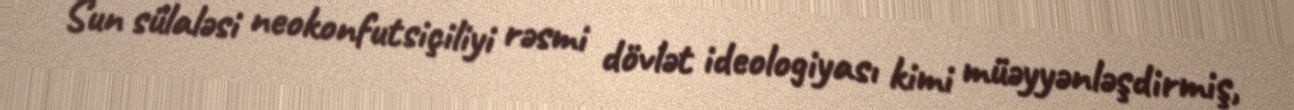
Sun sülaləsi neokonfutsiçiliyi rəsmi dövlət ideologiyası kimi müəyyənləşdirmiş,